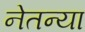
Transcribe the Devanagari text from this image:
नेतन्या